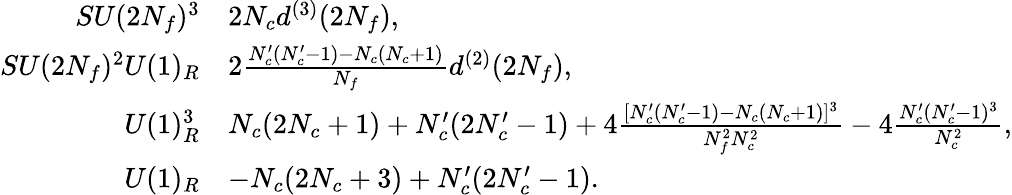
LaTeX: \begin{array}{rl}{{SU(2N_{f})^{3}}}&{{2N_{c}d^{(3)}(2N_{f}),}}\\ {{SU(2N_{f})^{2}U(1)_{R}}}&{{2\frac{N_{c}^{\prime}(N_{c}^{\prime}-1)-N_{c}(N_{c}+1)}{N_{f}}d^{(2)}(2N_{f}),}}\\ {{U(1)_{R}^{3}}}&{{N_{c}(2N_{c}+1)+N_{c}^{\prime}(2N_{c}^{\prime}-1)+4\frac{[N_{c}^{\prime}(N_{c}^{\prime}-1)-N_{c}(N_{c}+1)]^{3}}{N_{f}^{2}N_{c}^{2}}-4\frac{N_{c}^{\prime}(N_{c}^{\prime}-1)^{3}}{N_{c}^{2}},}}\\ {{U(1)_{R}}}&{{-N_{c}(2N_{c}+3)+N_{c}^{\prime}(2N_{c}^{\prime}-1).}}\end{array}